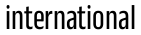
international